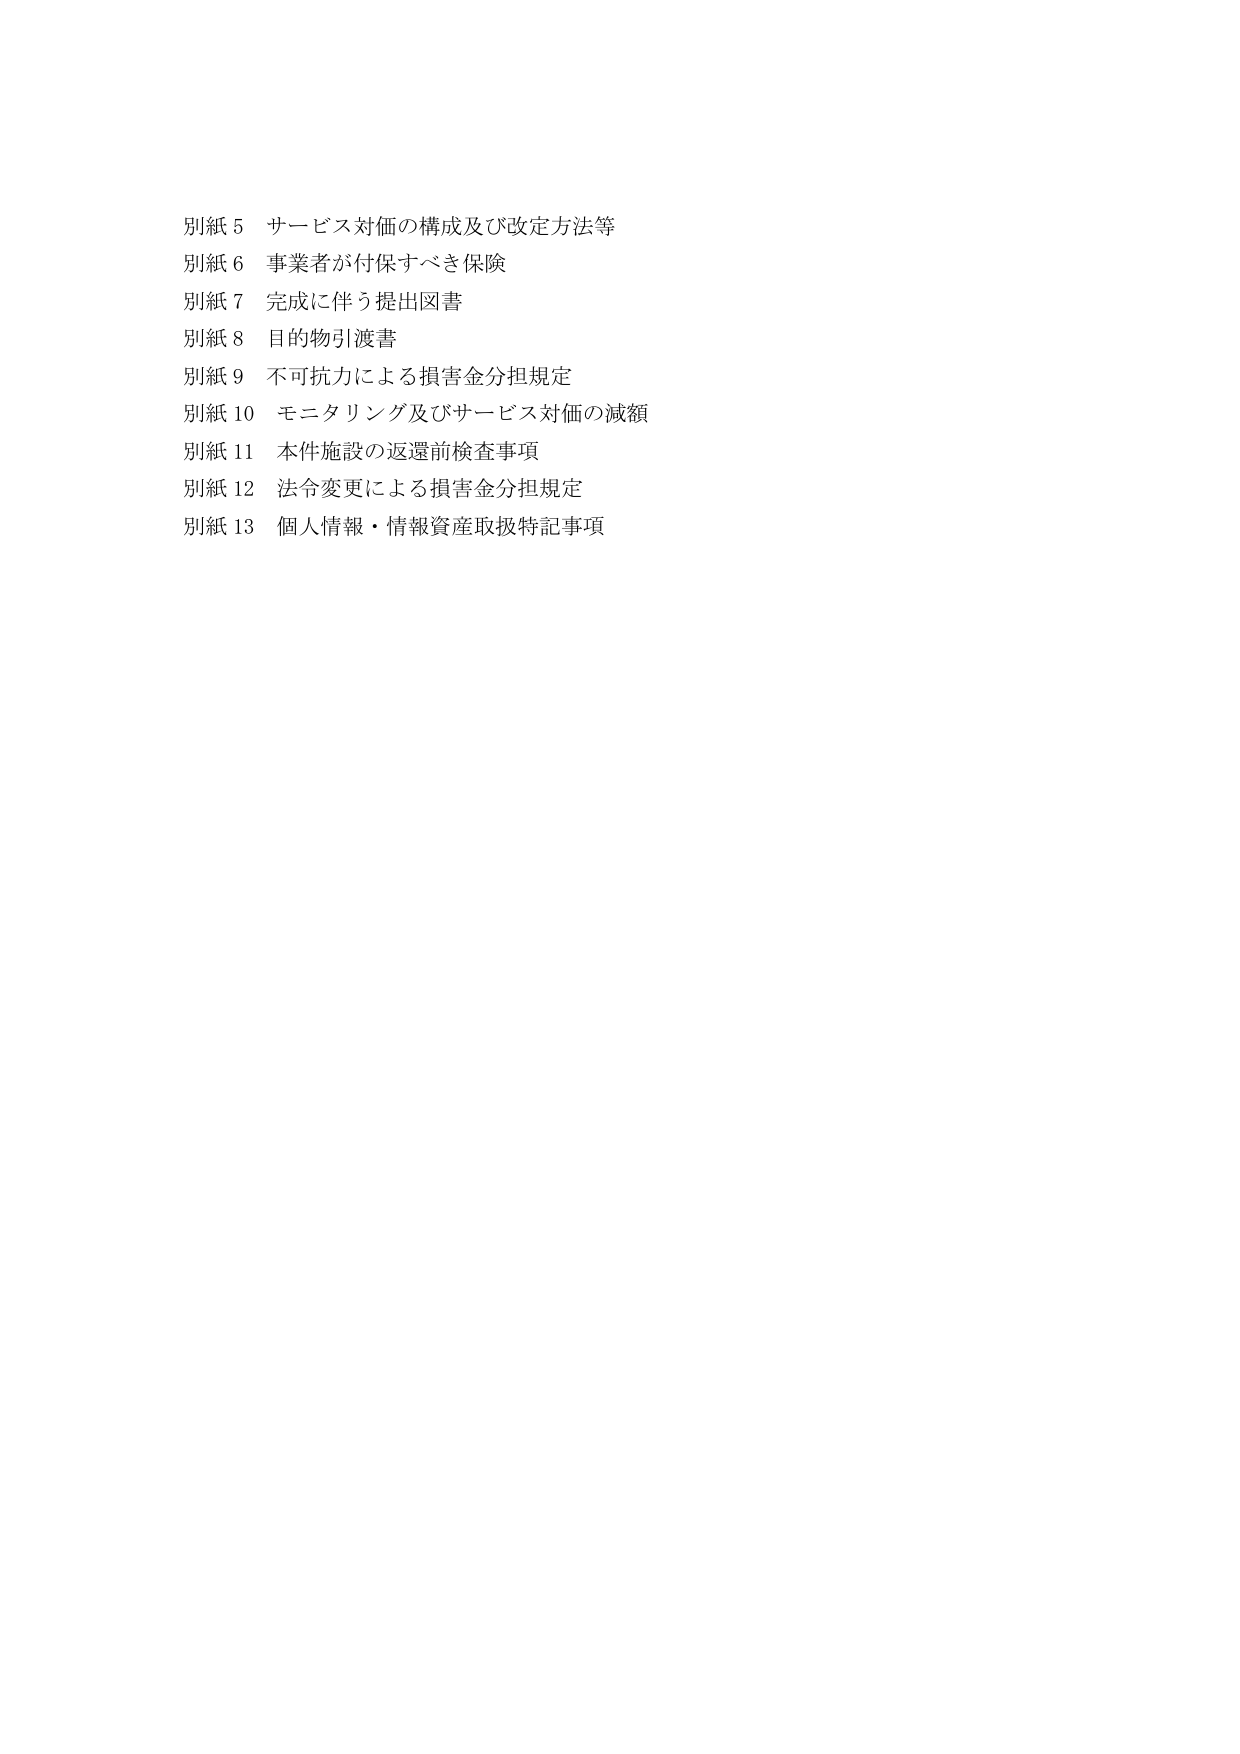
別紙５ サービス対価の構成及び改定方法等
別紙６ 事業者が付保すべき保険
別紙７ 完成に伴う提出図書
別紙８ 目的物引渡書
別紙９ 不可抗力による損害金分担規定
別紙10 モニタリング及びサービス対価の減額
別紙11 本件施設の返還前検査事項
別紙12 法令変更による損害金分担規定
別紙13 個人情報・情報資産取扱特記事項